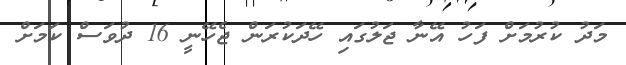
މަދު ކުރުމަށް ފަހު އޭނާ ޖަލުގައި ހޭދަކުރަން ޖެހޭނީ 16 ދުވަސް ކަމަށް